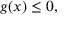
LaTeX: g ( x ) \leq 0 ,